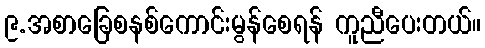
၉.အစာခြေစနစ်ကောင်းမွန်စေရန် ကူညီပေးတယ်။